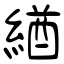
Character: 緧